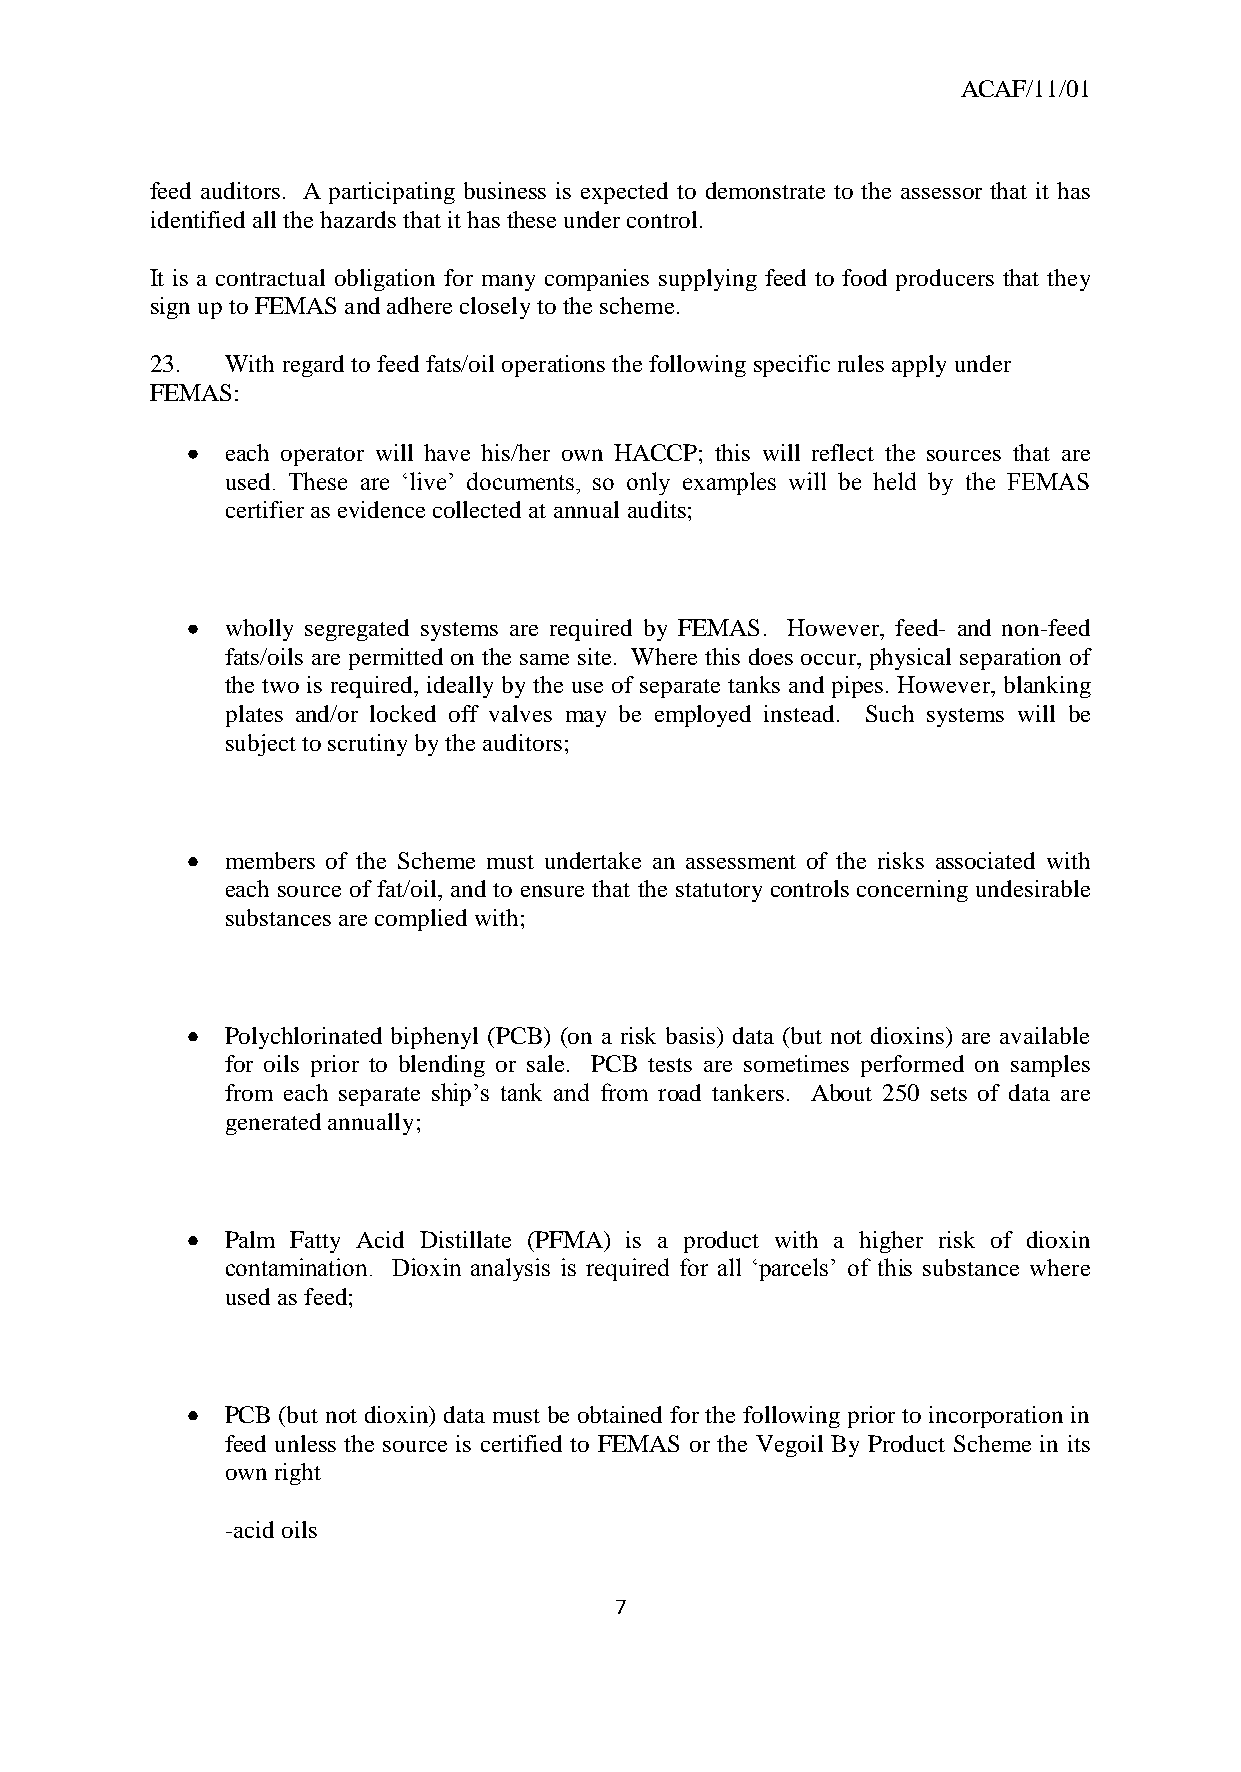
ACAF/11/01
 feed auditors. A participating business is expected to demonstrate to the assessor that it has
 identified all the hazards that it has these under control.
 It is a contractual obligation for many companies supplying feed to food producers that they
 sign up to FEMAS and adhere closely to the scheme.
 23.  With regard to feed fats/oil operations the following specific rules apply under
 FEMAS:
 each operator will have his/her own HACCP; this will reflect the sources that are
 used. These are ‘live’ documents, so only examples will be held by the FEMAS
 certifier as evidence collected at annual audits;
 wholly segregated systems are required by FEMAS. However, feed- and non-feed
 fats/oils are permitted on the same site. Where this does occur, physical separation of
 the two is required, ideally by the use of separate tanks and pipes. However, blanking
 plates and/or locked off valves may be employed instead. Such systems will be
 subject to scrutiny by the auditors;
 members of the Scheme must undertake an assessment of the risks associated with
 each source of fat/oil, and to ensure that the statutory controls concerning undesirable
 substances are complied with;
 Polychlorinated biphenyl (PCB) (on a risk basis) data (but not dioxins) are available
 for oils prior to blending or sale. PCB tests are sometimes performed on samples
 from each separate ship’s tank and from road tankers. About 250 sets of data are
 generated annually;
 Palm Fatty Acid Distillate (PFMA) is a product with a higher risk of dioxin
 contamination. Dioxin analysis is required for all ‘parcels’ of this substance where
 used as feed;
 PCB (but not dioxin) data must be obtained for the following prior to incorporation in
 feed unless the source is certified to FEMAS or the Vegoil By Product Scheme in its
 own right
 -acid oils
 7